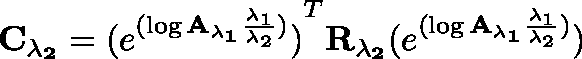
\mathbf { C _ { \lambda _ { 2 } } } = { ( e ^ { ( \log \mathbf { { A _ { \lambda _ { 1 } } } } \frac { \lambda _ { 1 } } { \lambda _ { 2 } } ) } ) } ^ { T } \mathbf { R _ { \lambda _ { 2 } } } \mathbf ( e ^ { ( \log \mathbf { { A _ { \lambda _ { 1 } } } } \frac { \lambda _ { 1 } } { \lambda _ { 2 } } ) } )